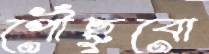
পৌঁছুবো